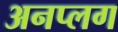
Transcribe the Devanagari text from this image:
अनप्लग